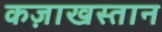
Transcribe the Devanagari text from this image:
कज़ाखस्तान